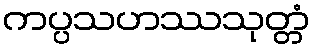
ကပ္ပသဟဿသုတ္တံ